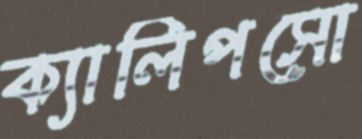
ক্যালিপসো